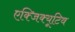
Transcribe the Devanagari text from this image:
एक्‍जिक्‍यूटिव